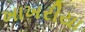
ખાખરીયા